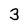
Character: 3